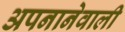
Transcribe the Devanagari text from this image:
अपनानेवाली